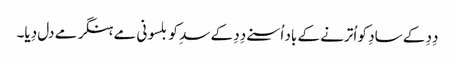
دِدِ کے سادِ کو اُترنے کے باد اُسنے دِدِ کے سدِ کو بلسونی مے ہنگر مے دل دِیا۔